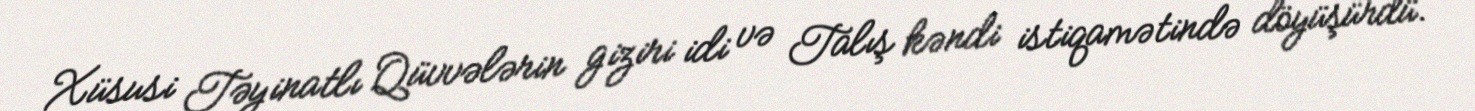
Xüsusi Təyinatlı Qüvvələrin giziri idi və Talış kəndi istiqamətində döyüşürdü.